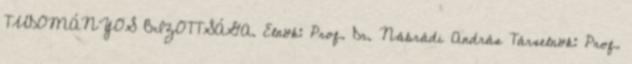
TUDOMÁNYOS BIZOTTSÁGA. Elnök: Prof. Dr. Nábrádi András Társelnök: Prof.